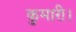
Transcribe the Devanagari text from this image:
कुमारी।